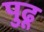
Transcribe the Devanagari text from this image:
पुढू